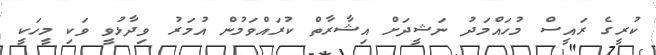
ކުރީގެ ރައީސް މުހައްމަދު ނަޝީދަށް އިޝާރާތް ކުރައްވަަމުން އުމަރު ވިދާޅުވީ ވަކި މީހަކީ